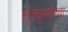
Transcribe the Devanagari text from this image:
सूत्रकृमीच्या